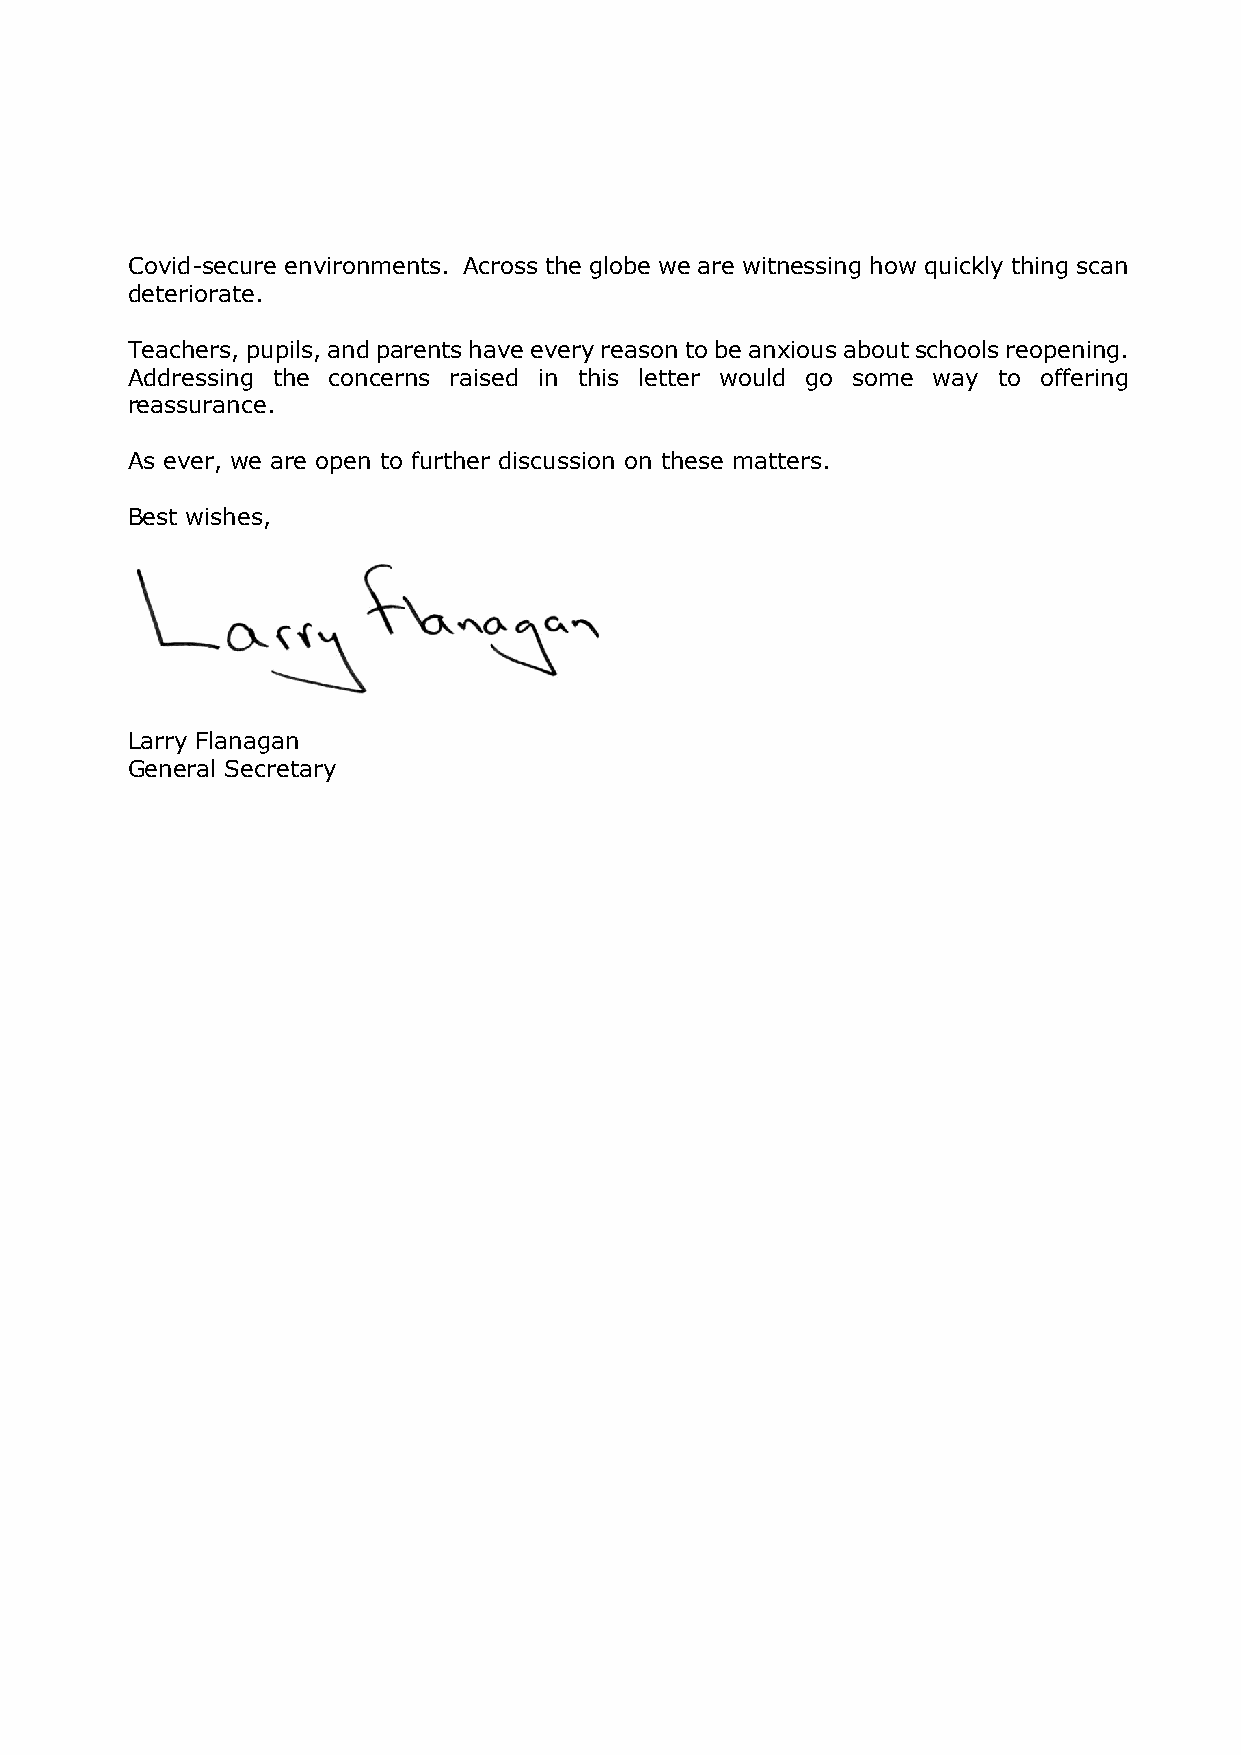
Covid-secure environments. Across the globe we are witnessing how quickly thing scan
 deteriorate.
 Teachers, pupils, and parents have every reason to be anxious about schools reopening.
 Addressing the concerns raised in this letter would go some way to offering
 reassurance.
 As ever, we are open to further discussion on these matters.
 Best wishes,
 Larry Flanagan
 General Secretary